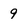
Character: 9